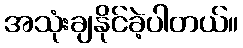
အသုံးချနိုင်ခဲ့ပါတယ်။